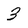
Character: 3